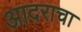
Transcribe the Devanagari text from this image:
आदराचा